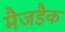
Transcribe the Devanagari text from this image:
मैजडैक